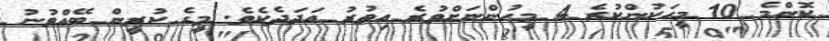
ކޮންމެ 10 މީހަކުންކުރެ 4 މީހުންނަށްވުރެ އިތުރު އަދަދެކެވެ. މީގެ ކުރީން ބޭއްވުނު